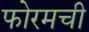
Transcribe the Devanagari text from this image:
फोरमची